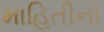
માહિતીનો